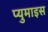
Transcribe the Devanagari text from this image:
प्युमाइस